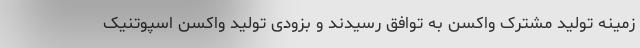
زمینه تولید مشترک واکسن به توافق رسیدند و بزودی تولید واکسن اسپوتنیک